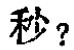
秒？